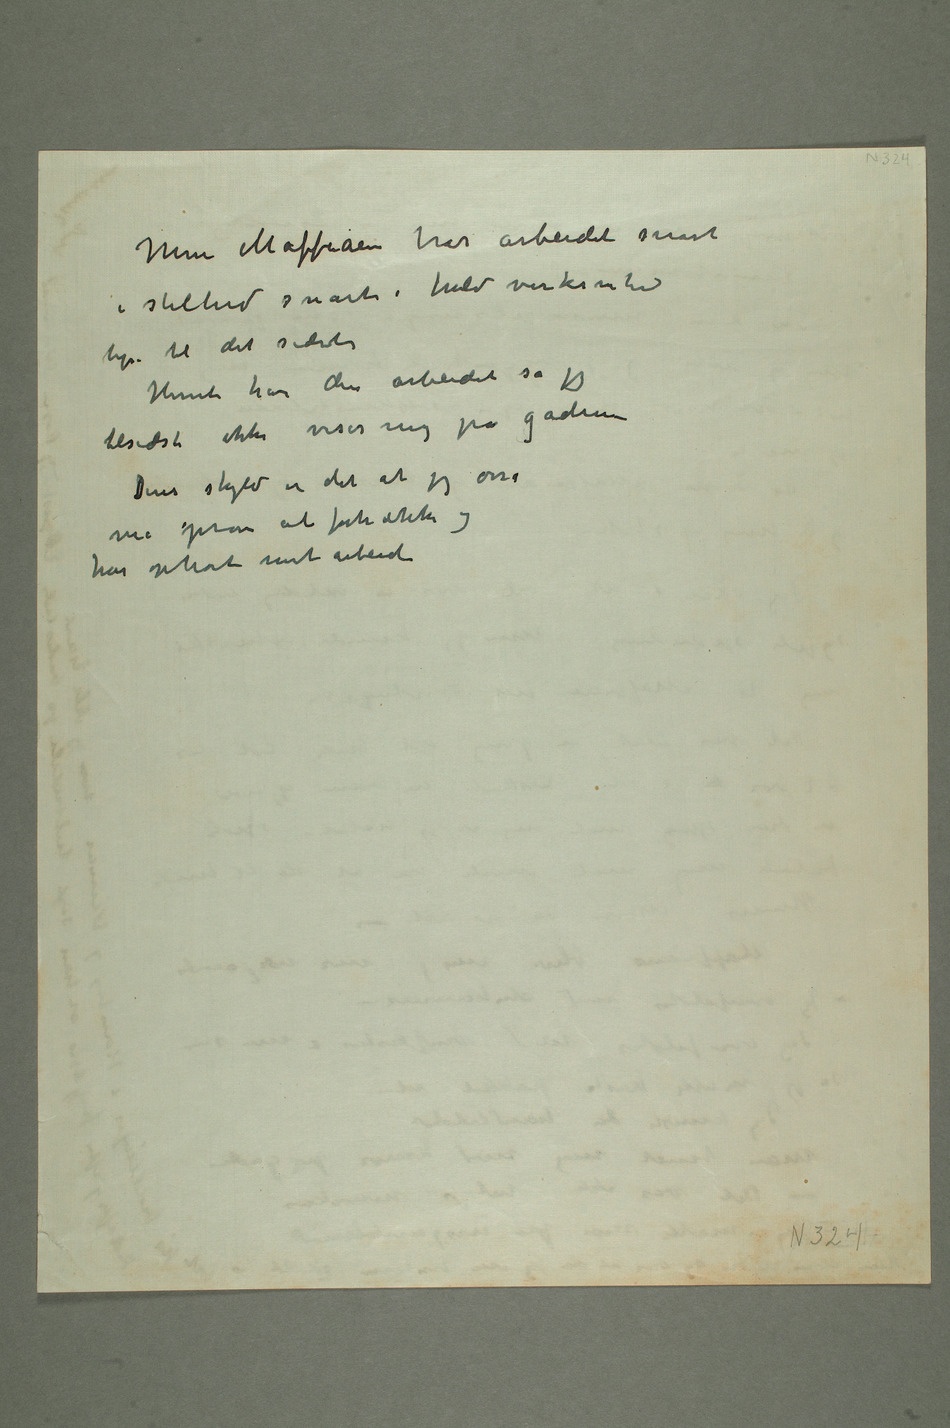
Men Maffiaen har arbeidet snart
i stilhed snart i fuld virksomhed
lige til det sidste
Herute har den arbeidet så jeg
tilsidst ikke viser mig på gaden
Deres skyld er det at jeg osså
må prøve at fortrække og